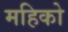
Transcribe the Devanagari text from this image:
महिको